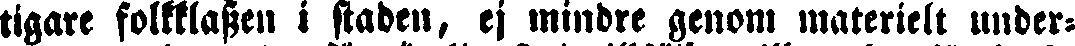
tigare folkklassen i staden, ej mindre genom materielt under-